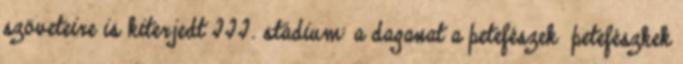
szöveteire is kiterjedt III. stádium: a daganat a petefészek petefészkek